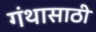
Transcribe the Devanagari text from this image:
गंथासाठी